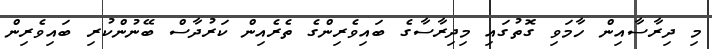
މި ދިރާސާއިން ހާމަވި ގޮތުގައި މިދިރާސާގެ ބައިވެރިންގެ ތެރެއިން ކަރުދާސް ބޭނުންކުރި ބައިވެރިން